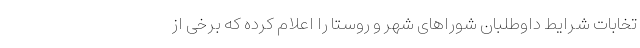
تخابات شرایط داوطلبان شوراهای شهر و روستا را اعلام کرده که برخی از